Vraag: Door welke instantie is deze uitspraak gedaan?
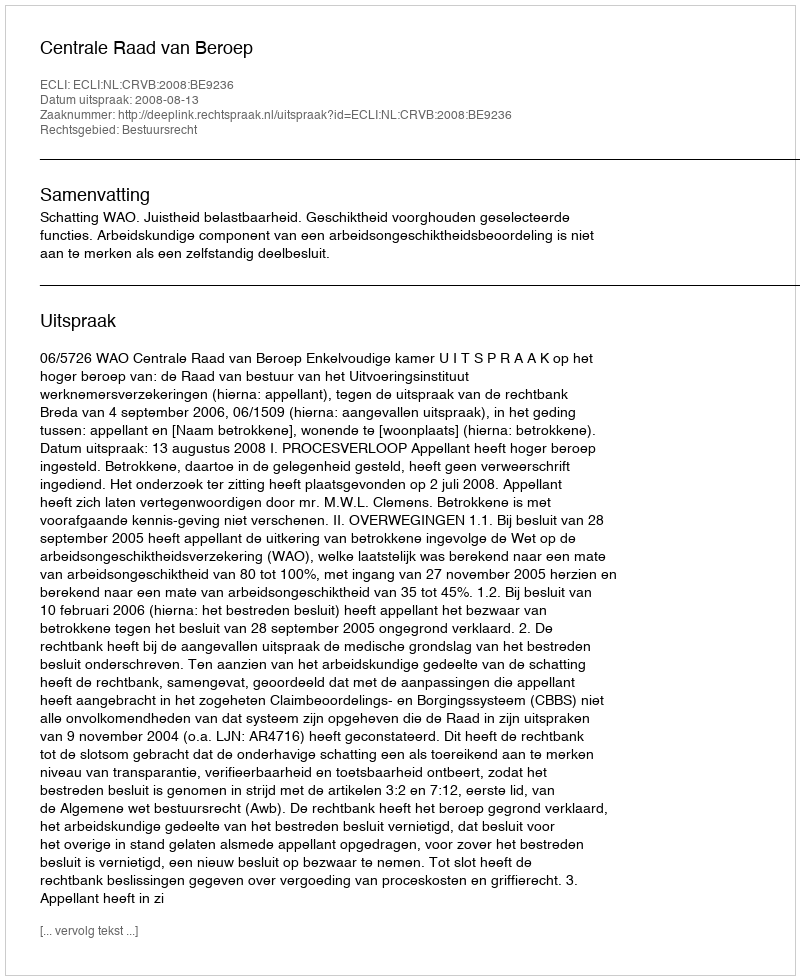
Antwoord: Centrale Raad van Beroep